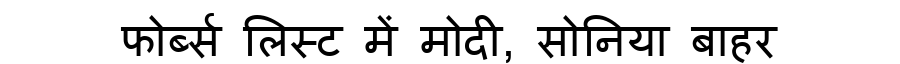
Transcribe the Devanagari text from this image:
फोर्ब्स लिस्ट में मोदी, सोनिया बाहर